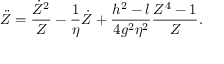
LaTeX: \ddot { Z } = { \frac { \dot { Z } ^ { 2 } } { Z } } - { \frac { 1 } { \eta } } \dot { Z } + { \frac { h ^ { 2 } - l } { 4 g ^ { 2 } \eta ^ { 2 } } } { \frac { Z ^ { 4 } - 1 } { Z } } .